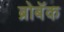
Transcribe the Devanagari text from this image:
ब्रोबॅक